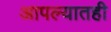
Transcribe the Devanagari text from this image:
आपल्यातही